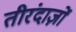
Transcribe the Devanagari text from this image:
तीरंदाज़ों